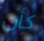
كأن